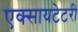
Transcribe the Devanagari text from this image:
एक्सायटेटरी